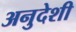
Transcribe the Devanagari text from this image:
अनुदेशी